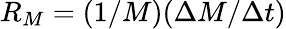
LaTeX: R_{M}=(1/M)(\Delta M/\Delta t)